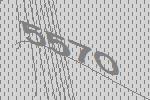
5570